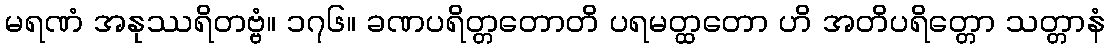
မရဏံ အနုဿရိတဗ္ဗံ။ ၁၇၆။ ခဏပရိတ္တတောတိ ပရမတ္ထတော ဟိ အတိပရိတ္တော သတ္တာနံ